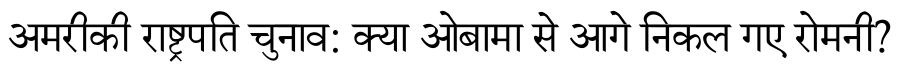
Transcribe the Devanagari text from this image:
अमरीकी राष्ट्रपति चुनाव: क्या ओबामा से आगे निकल गए रोमनी?